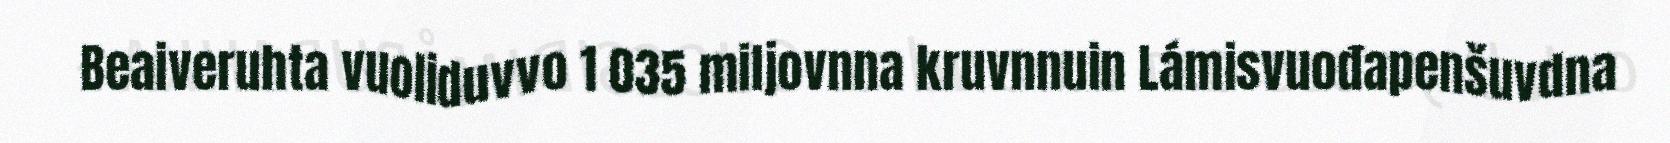
Beaiveruhta vuoliduvvo 1 035 miljovnna kruvnnuin Lámisvuođapenšuvdna